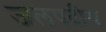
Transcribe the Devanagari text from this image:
जलपदीय